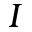
I